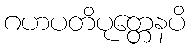
ဂဟပတိပုတ္တေနပိ